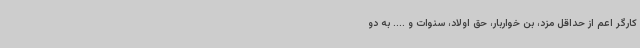
کارگر اعم از حداقل مزد، بن خواربار، حق اولاد، سنوات و .... به دو